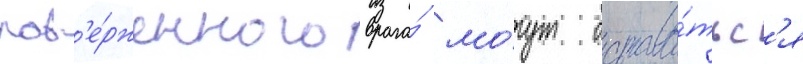
пов'е́рженного врага́ мо́гут остава́тьс'я